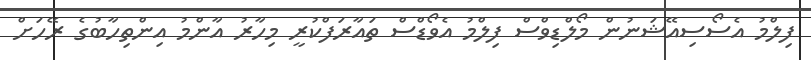
ފިލްމު އެސޯސިއޭޝަނުން މޯލްޑިވްސް ފިލްމު އެވޯޑްސް ތައާރަފްކުރީ މިހާރު އާންމު އިންތިހާބުގެ ރޭހަށް